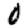
Digit: 0